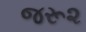
જરૂ૨